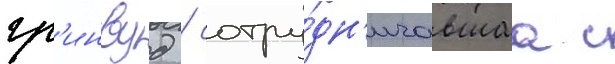
гр'инвуд / сотру́дн'ичавшаа с